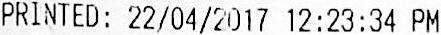
PRINTED: 22/04/2017 12:23:34 PM